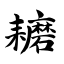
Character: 耱